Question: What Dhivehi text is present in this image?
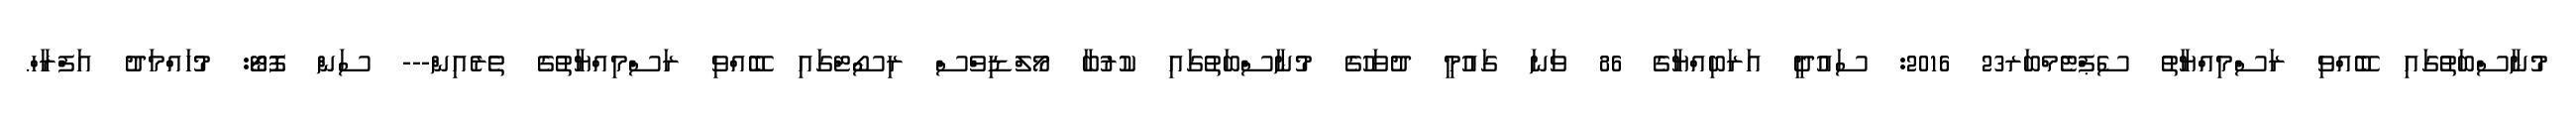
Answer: މުނާސްބަތުގައި ބޭއްވި ރަސްމިއްޔާތު ސެޕްޓެމްބަރ23 2016: ސައުދީ އަރަބިއްޔާގެ 86 ވަނަ ގައުމީ ދުވަހުގެ މުނާސްބަތުގައި ކުރުބާ މޯލްޑިވްސް ރިސޯޓްގައި ބޭއްވި ރަސްމިއްޔާތުގެ ތެރެއިން--- ސަން ފޮޓޯ: މުހައްމަދު އަފްރާހް.